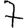
Digit: 7